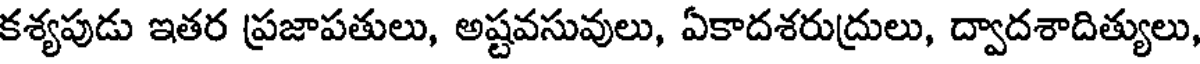
కశ్యపుడు ఇతర ప్రజాపతులు, అష్టవసువులు, ఏకాదశరుద్రులు, ద్వాదశాదిత్యులు,